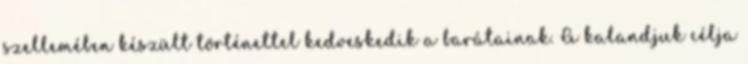
szellemében készült történettel kedveskedik a barátainak. A kalandjuk célja